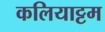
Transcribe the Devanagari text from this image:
कलियाट्टम